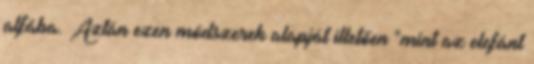
alfába. Aztán ezen módszerek alapját illetően "mint az elefánt